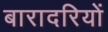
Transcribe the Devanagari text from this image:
बारादरियों